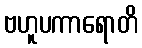
ဗဟူပကာရောတိ